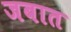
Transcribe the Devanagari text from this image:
जबात